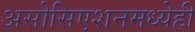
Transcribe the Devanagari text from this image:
असोसिएशनमध्येही